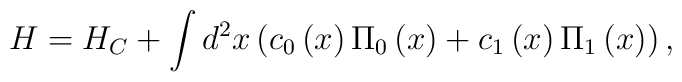
H = H_C  + \int {d^2 } x\left( {c_0 \left( x \right)\Pi _0 \left(x \right) + c_1 \left( x \right)\Pi _1 \left( x \right)} \right) ,